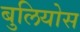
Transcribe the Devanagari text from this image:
बुलियोस